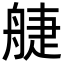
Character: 𦩌